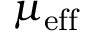
\mu _ { \mathrm { e f f } }